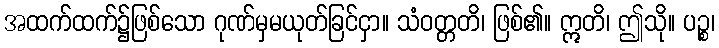
အထက်ထက်၌ဖြစ်သော ဂုဏ်မှမယုတ်ခြင်ငှာ။ သံဝတ္တတိ၊ ဖြစ်၏။ ဣတိ၊ ဤသို။ ပဉ္စ၊